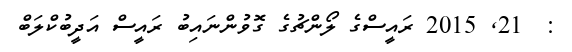
:  21